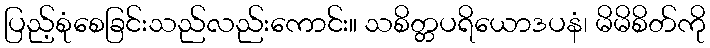
ပြည့်စုံစေခြင်းသည်လည်းကောင်း။ သစိတ္တပရိယောဒပနံ၊ မိမိစိတ်ကို